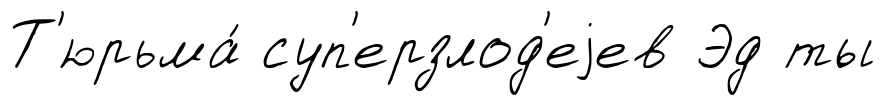
Т'юрьма́ суп'ерзлод'еjев Эд ты